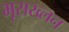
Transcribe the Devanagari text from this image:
भूसख्लन